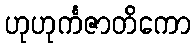
ဟုဟုင်္ကဇာတိကော